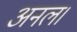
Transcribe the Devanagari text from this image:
अनल।